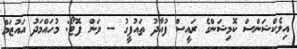
އިލެކްޝަންސް ކޮމިޝަންގެ ރައީސް ފުއާދު ތައުފީގު -- ވަން ފޮޓޯ: މުހައްމަދު އައުޒަމް